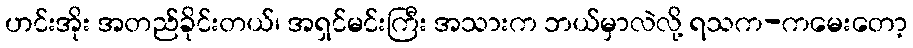
ဟင်းအိုး အတည်ခိုင်းတယ်၊ အရှင်မင်းကြီး အသားက ဘယ်မှာလဲလို့ ရသက-ကမေးတော့